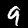
Label: 9